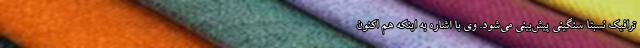
ترافیک نسبتا سنگینی پیش‌بینی می‌شود. وی با اشاره به اینکه هم اکنون